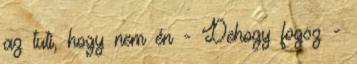
az tuti, hogy nem én - Dehogy fogsz -